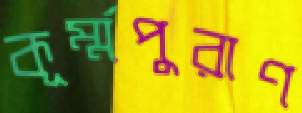
কূর্ম্মপুরাণ